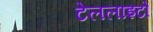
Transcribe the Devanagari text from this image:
टेललाइटों